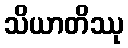
သိယာတိဿု